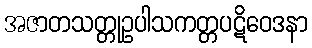
အဇာတသတ္တုဥပါသကတ္တပဋိဝေဒနာ